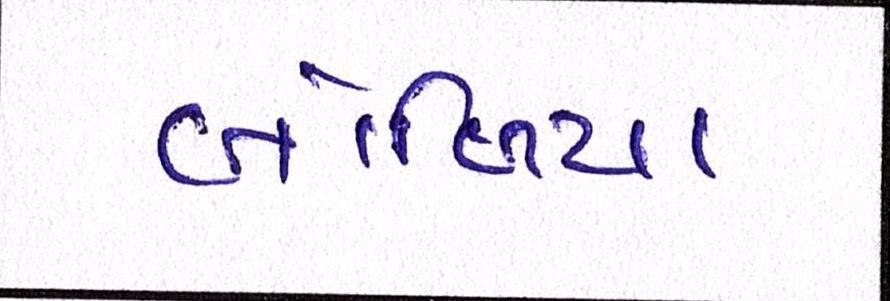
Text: બોળિયા